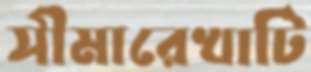
সীমারেখাটি